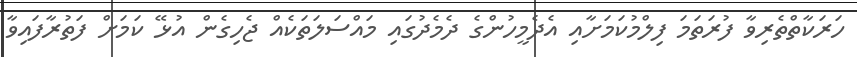
ހަރަކާތްތެރިވާ ފުރަތަމަ ފިލްމުކަމަށާއި އެދެމީހުންގެ ދެމެދުގައި މައްސަލަތަކެއް ޖެހިގެން އުޅޭ ކަމަށް ފަތުރާފައިވާ